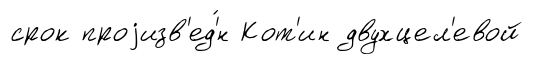
срок проjизв'ед'́н Кот'ин двухцел'евой